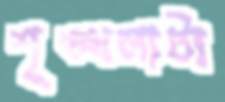
শৃঙ্খলাটা